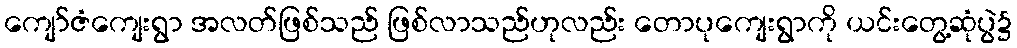
ကျော်ဇံကျေးရွာ အလတ်ဖြစ်သည် ဖြစ်လာသည်ဟုလည်း တောပုကျေးရွာကို ယင်းတွေ့ဆုံပွဲ၌